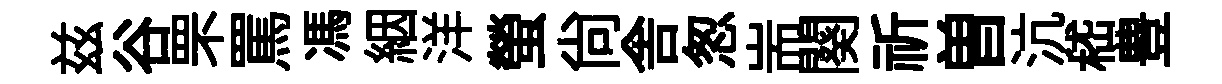
兹谷罘罵馮絪洋螢尚舎怱耑闋祈曽沆嵇豊